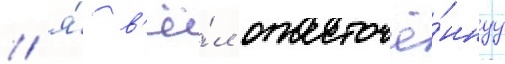
/ я́ в'ё́л ожесточё́ннуу